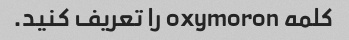
کلمه oxymoron را تعریف کنید.